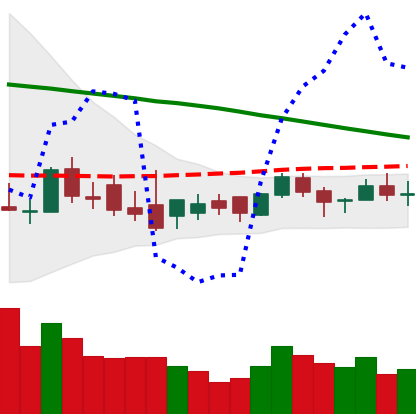
Ticker: XLM-USD
Chart end date: 2018-09-03
Forward return: -13.708%
Label: down_7plus